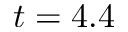
t = 4 . 4